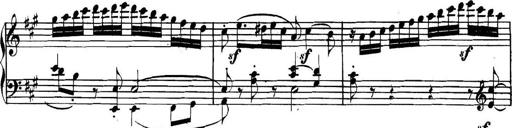
Title: Collected Piano Sonatas
Composer: Muzio Clementi